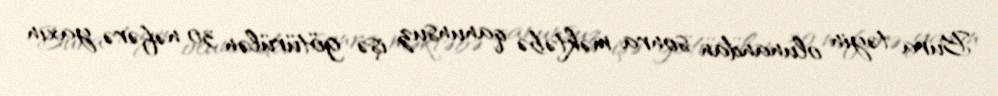
Bura təyin olunandan sonra məktəbə qanunsuz işə götürülən 30 nəfərə yaxın